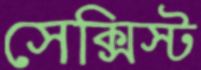
সেক্সিস্ট